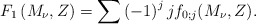
\begin{align*}F_1\left(M_\nu,Z\right)=\sum\left(-1\right)^jjf_{0;j}(M_\nu,Z).\end{align*}